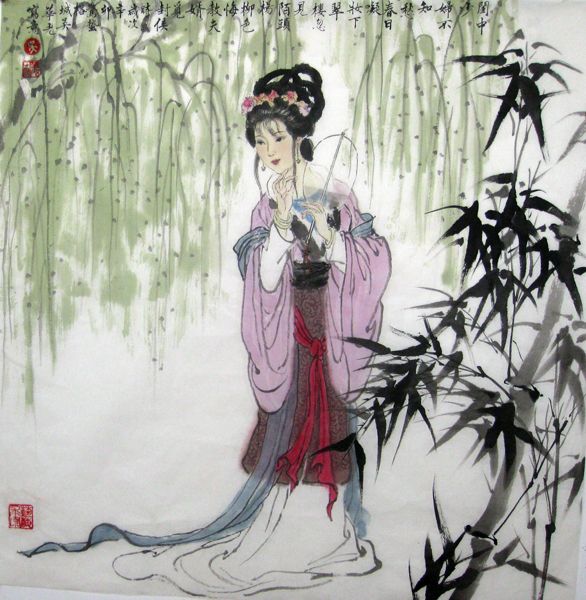
闺中少妇不知愁，春日凝妆上翠楼。